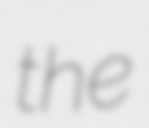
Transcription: the